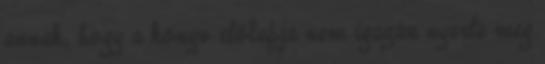
annak, hogy a könyv előlapja nem igazán nyerte meg